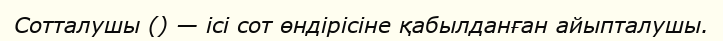
Сотталушы () — ісі сот өндірісіне қабылданған айыпталушы.